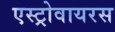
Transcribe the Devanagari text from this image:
एस्ट्रोवायरस